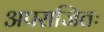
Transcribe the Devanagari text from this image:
अपराजितः